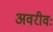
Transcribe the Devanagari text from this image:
अवरीवः